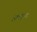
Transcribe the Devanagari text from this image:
फ़्लाप